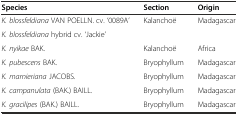
| Species | Section | Origin |
 | --- | --- | --- |
 | K. blossfeldiana VAN POELLN. cv. ‘0089A’ | Kalanchoë | Madagascar |
 | K. blossfeldiana hybrid cv. ‘Jackie’ |  |  |
 | K. nyikae BAK. | Kalanchoë | Africa |
 | K. pubescens BAK. | Bryophyllum | Madagascar |
 | K. marnieriana JACOBS. | Bryophyllum | Madagascar |
 | K. campanulata (BAK.) BAILL. | Bryophyllum | Madagascar |
 | K. gracilipes (BAK.) BAILL. | Bryophyllum | Madagascar |